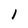
Character: l